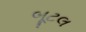
બૂટલ